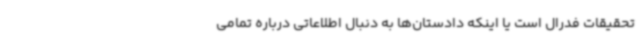
تحقیقات فدرال است یا اینکه دادستان‌ها به دنبال اطلاعاتی درباره تمامی